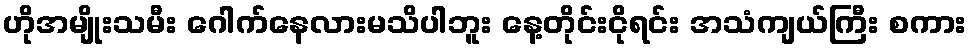
ဟိုအမျိုးသမီး ဂေါက်နေလားမသိပါဘူး နေ့တိုင်းငိုရင်း အသံကျယ်ကြီး စကား